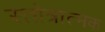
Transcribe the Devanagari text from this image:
स्तोत्रात्मक